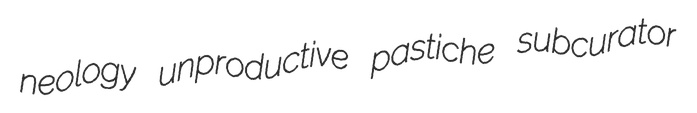
neology unproductive pastiche subcurator